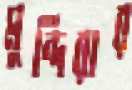
মুন্দিরার